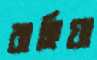
বাহিয়া